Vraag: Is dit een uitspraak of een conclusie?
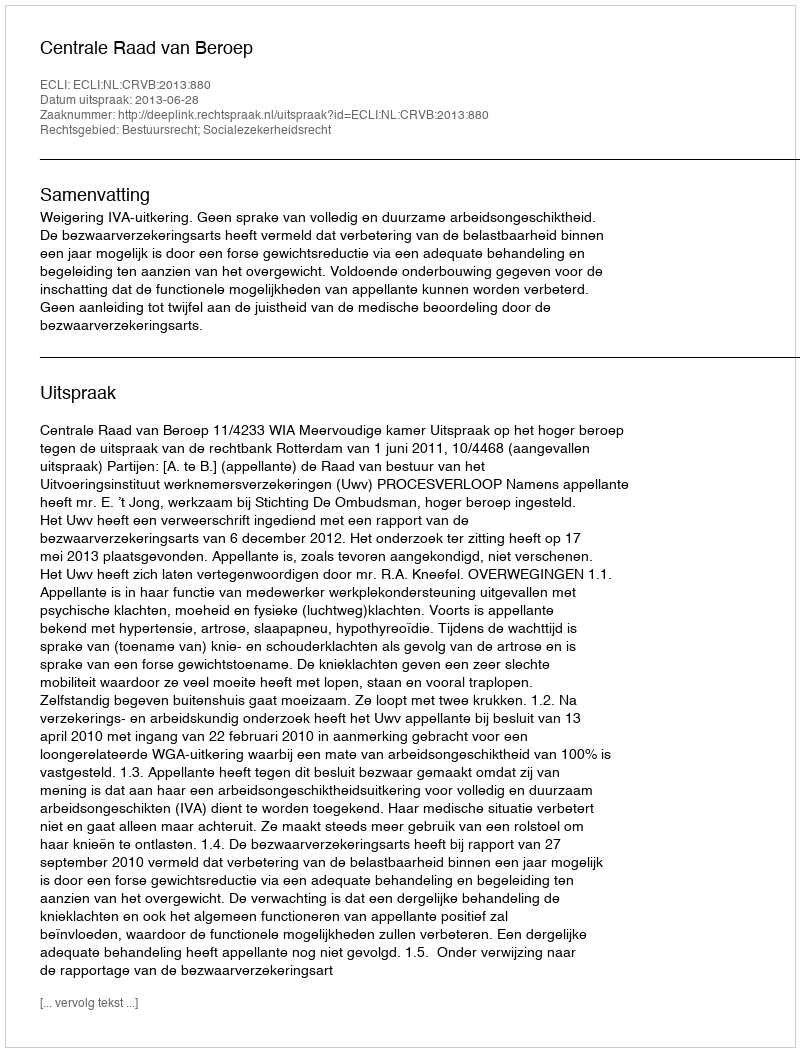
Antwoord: Uitspraak